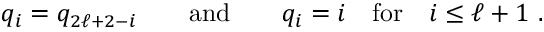
q _ { i } = q _ { 2 \ell + 2 - i } \qquad \mathrm { a n d } \qquad q _ { i } = i \quad \mathrm { f o r } \quad i \leq \ell + 1 ~ .